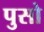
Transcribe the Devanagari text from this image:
पुसो